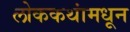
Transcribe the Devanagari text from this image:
लोककथांमधून